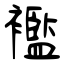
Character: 襤